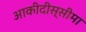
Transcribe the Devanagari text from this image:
आकीदीस्सीमा